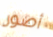
أصور